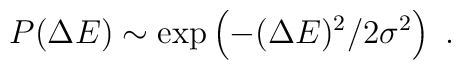
P(\Delta E) \sim \exp\left( - (\Delta E)^2 / 2\sigma^2\right) \ .